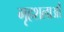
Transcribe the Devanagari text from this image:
गृहशलाओं